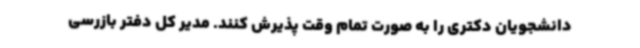
دانشجویان دکتری را به صورت تمام وقت پذیرش کنند. مدیر کل دفتر بازرسی